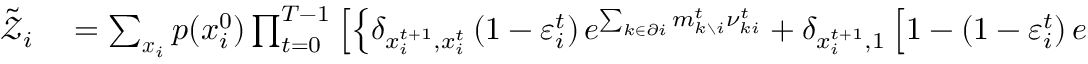
\begin{array} { r l } { \tilde { \mathcal { Z } } _ { i } } & { { } = \sum _ { \boldsymbol { x } _ { i } } p ( x _ { i } ^ { 0 } ) \prod _ { t = 0 } ^ { T - 1 } \left[ \left\{ \delta _ { x _ { i } ^ { t + 1 } , x _ { i } ^ { t } } \left( 1 - \varepsilon _ { i } ^ { t } \right) e ^ { \sum _ { k \in \partial i } m _ { k \setminus i } ^ { t } \nu _ { k i } ^ { t } } + \delta _ { x _ { i } ^ { t + 1 } , 1 } \left[ 1 - \left( 1 - \varepsilon _ { i } ^ { t } \right) e ^ { \sum _ { k \in \partial i } m _ { k \setminus i } ^ { t } \nu _ { k i } ^ { t } } \right] \right\} \right. } \end{array}